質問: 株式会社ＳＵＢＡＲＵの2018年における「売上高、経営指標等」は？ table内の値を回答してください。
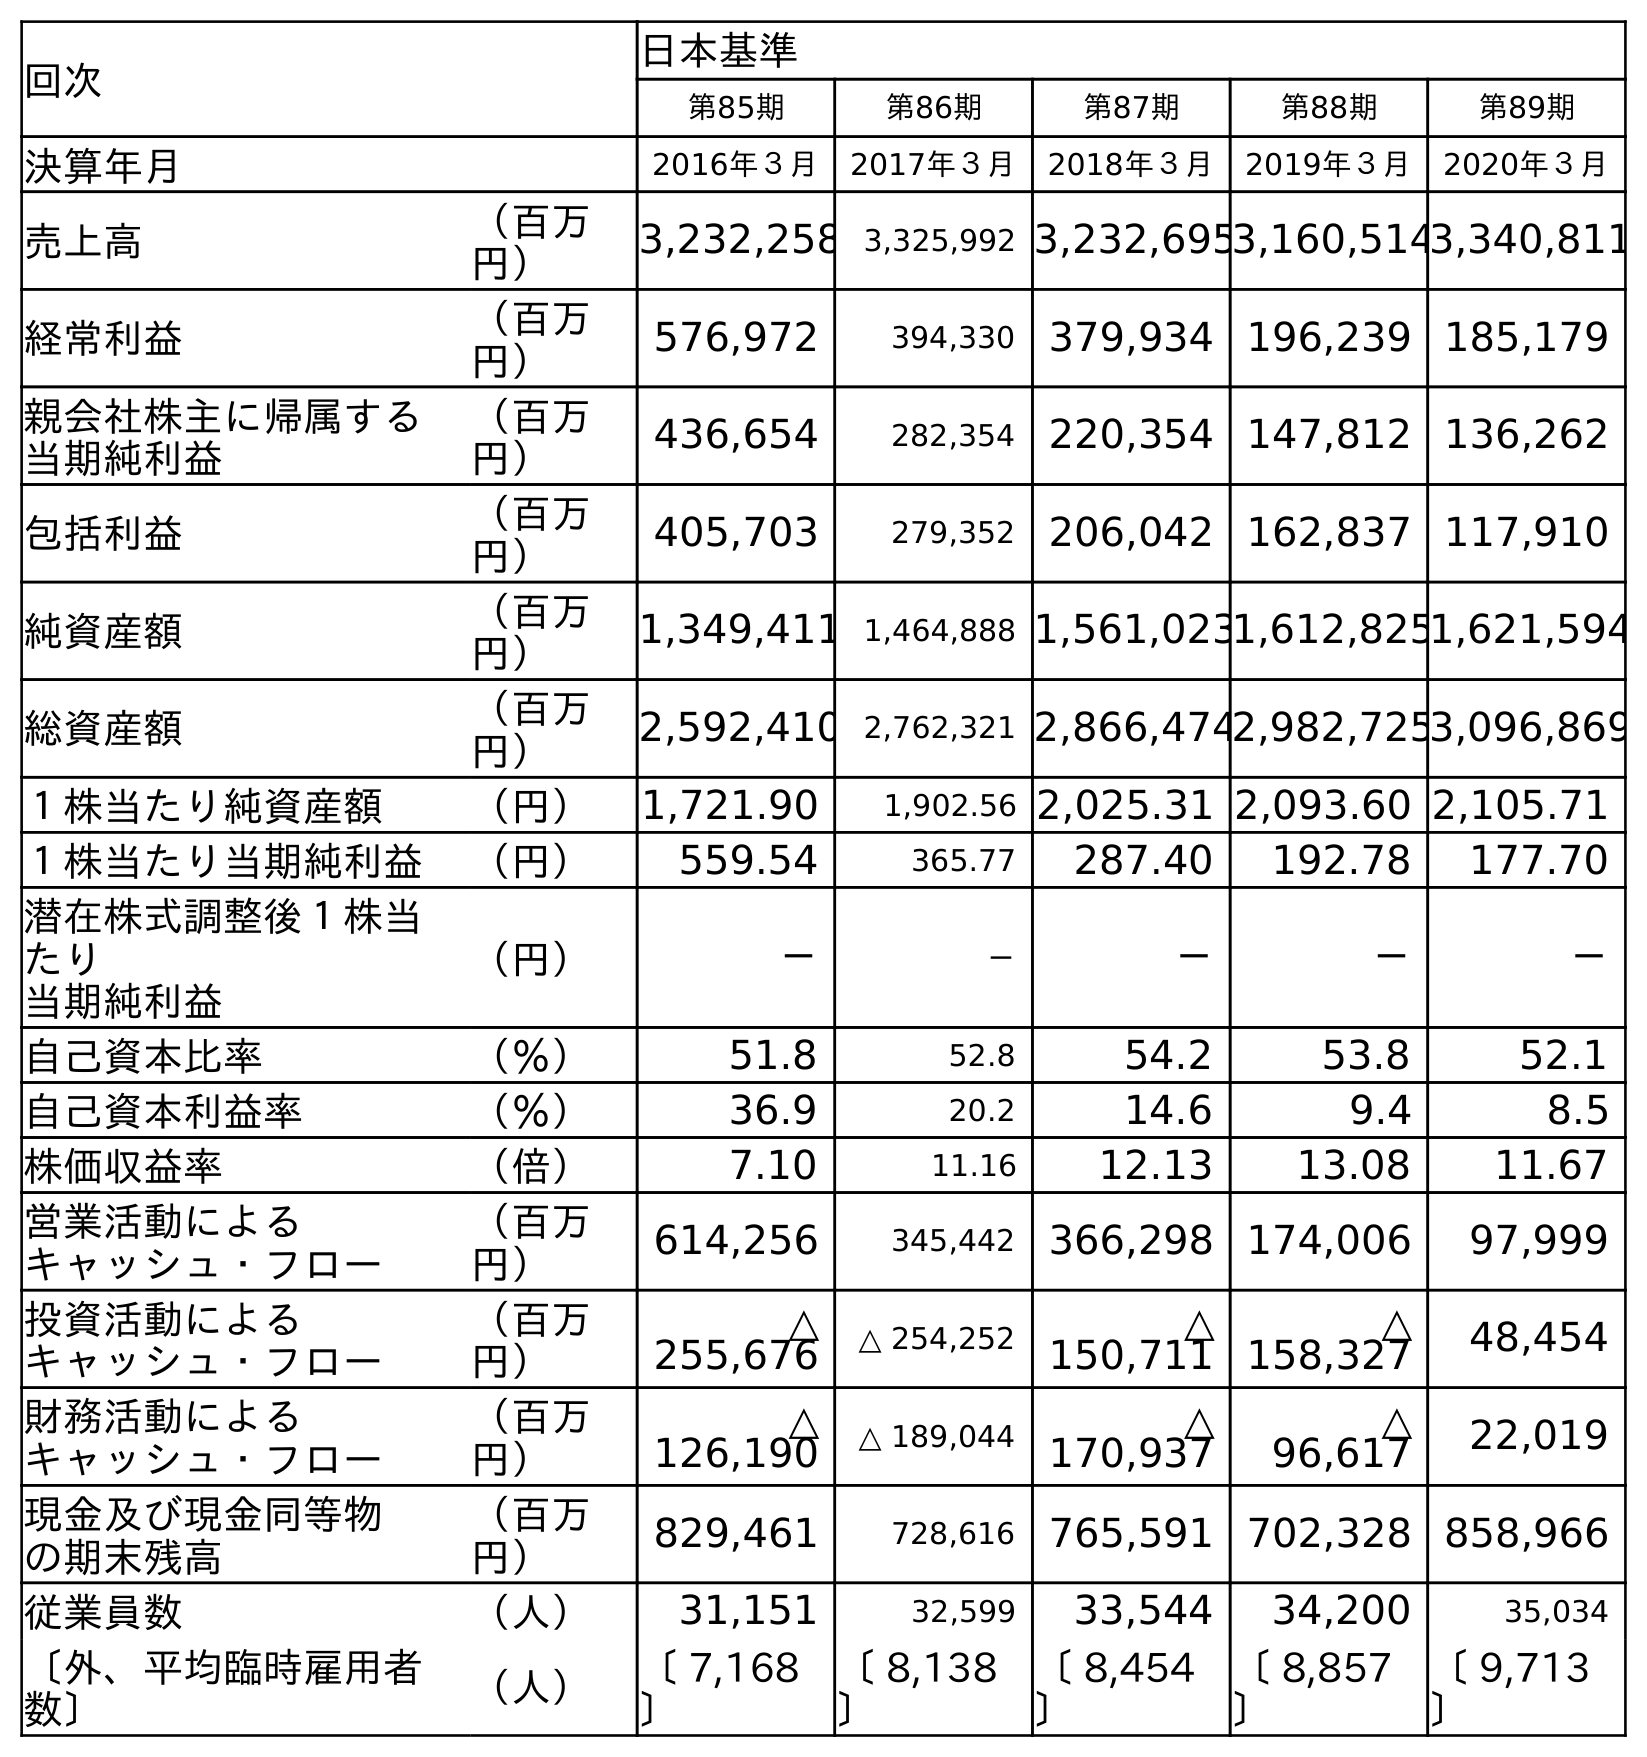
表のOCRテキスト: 回次 日本基準 第85期 第86期 第87期 第88期 第89期 決算年月 2016年３月 2017年３月 2018年３月 2019年３月 2020年３月 売上高 （百万 円） 3,232,258 3,325,992 3,232,6953,160,5143,340,811 経常利益 （百万 円） 576,972 394,330 379,934 196,239 185,179 親会社株主に帰属する 当期純利益 （百万 円） 436,654 282,354 220,354 147,812 136,262 包括利益 （百万 円） 405,703 279,352 206,042 162,837 117,910 純資産額 （百万 円） 1,349,411 1,464,888 1,561,0231,612,8251,621,594 総資産額 （百万 円） 2,592,410 2,762,321 2,866,4742,982,7253,096,869 １株当たり純資産額 （円） 1,721.90 1,902.56 2,025.31 2,093.60 2,105.71 １株当たり当期純利益 （円） 559.54 365.77 287.40 192.78 177.70 潜在株式調整後１株当 たり 当期純利益 （円） － － － － － 自己資本比率 （％） 51.8 52.8 54.2 53.8 52.1 自己資本利益率 （％） 36.9 20.2 14.6 9.4 8.5 株価収益率 （倍） 7.10 11.16 12.13 13.08 11.67 営業活動による キャッシュ・フロー （百万 円） 614,256 345,442 366,298 174,006 97,999 投資活動による キャッシュ・フロー （百万 円） △ 255,676 △ 254,252 △ 150,711 △ 158,327 48,454 財務活動による キャッシュ・フロー （百万 円） △ 126,190 △ 189,044 △ 170,937 △ 96,617 22,019 現金及び現金同等物 の期末残高 （百万 円） 829,461 728,616 765,591 702,328 858,966 従業員数 （人） 31,151 32,599 33,544 34,200 35,034 〔外、平均臨時雇用者 数〕 （人） 〔 7,168 〕 〔 8,138 〕 〔 8,454 〕 〔 8,857 〕 〔 9,713 〕
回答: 3,232,695